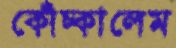
কোঁচ্‌কালেম